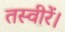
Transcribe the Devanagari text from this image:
तस्वीरें।